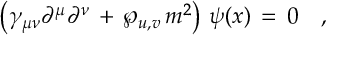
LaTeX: \left( \gamma _ { \mu \nu } \partial ^ { \mu } \partial ^ { \nu } \, + \, \wp _ { u , v } \, m ^ { 2 } \right) \, \psi ( x ) \, = \, 0 \quad ,